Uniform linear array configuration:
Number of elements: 4
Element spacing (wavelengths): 0.25
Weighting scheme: cosine
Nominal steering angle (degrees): -45
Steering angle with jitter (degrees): -44.364
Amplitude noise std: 0.05
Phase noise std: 0.05

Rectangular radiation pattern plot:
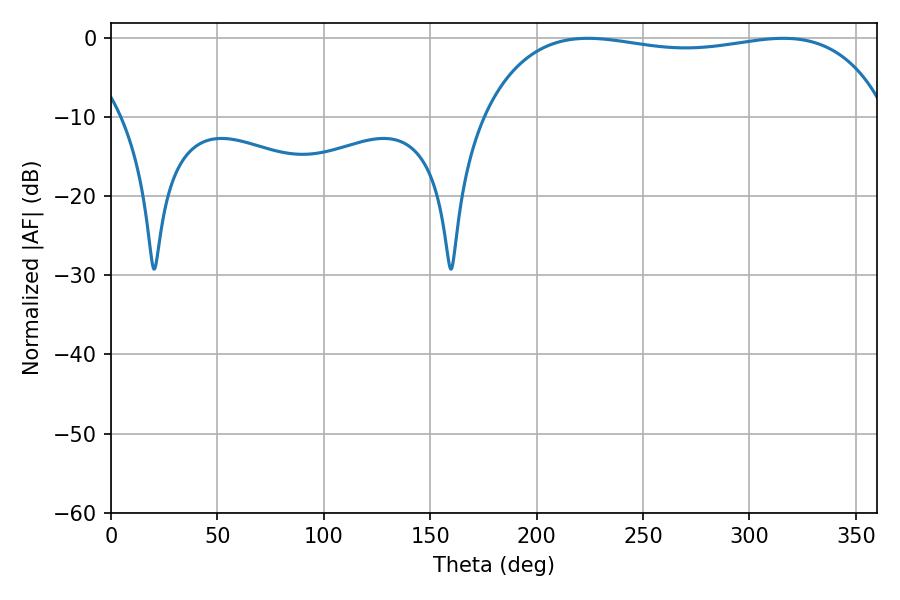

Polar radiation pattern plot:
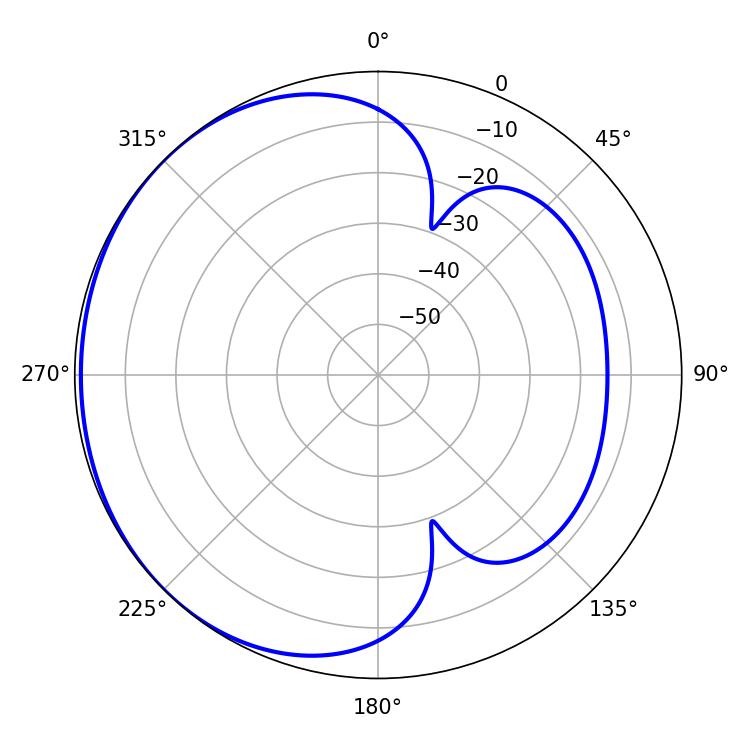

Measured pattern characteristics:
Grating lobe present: FALSE
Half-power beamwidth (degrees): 153.72
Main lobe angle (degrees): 224.1